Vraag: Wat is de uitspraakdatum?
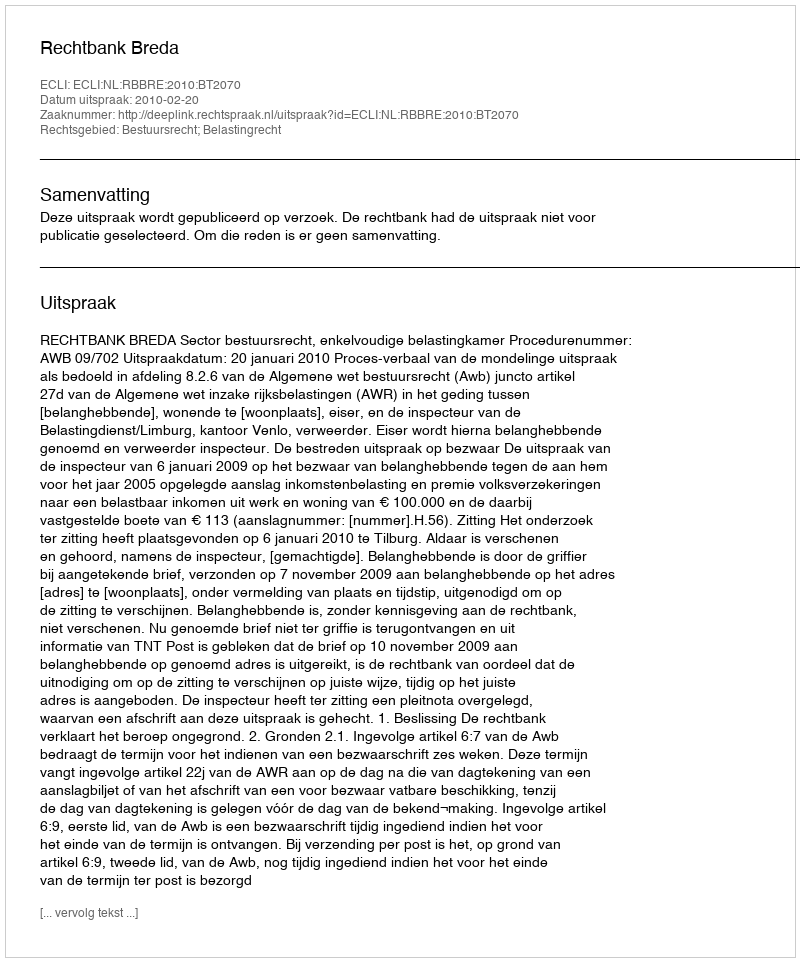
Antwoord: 2010-02-20